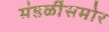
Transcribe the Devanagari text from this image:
मंडळींसमोर